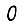
Digit: 0